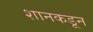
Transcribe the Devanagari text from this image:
शानकडून